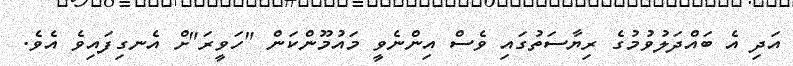
އަދި އެ ބައްދަލުވުމުގެ ރިޔާސަތުގައި ވެސް އިންނެވީ މައުމޫންކަން "ހަވީރަ"ށް އެނގިފައިވެ އެވެ.